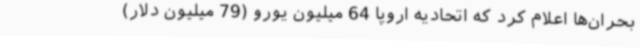
بحران‌ها اعلام کرد که اتحادیه اروپا 64 میلیون یورو (79 میلیون دلار)